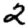
Digit: 2